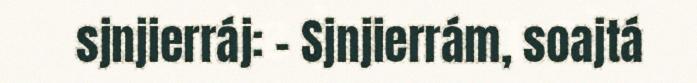
sjnjierráj: – Sjnjierrám, soajtá